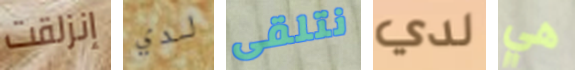
إنزلقت لدي نتلقى لدي هي